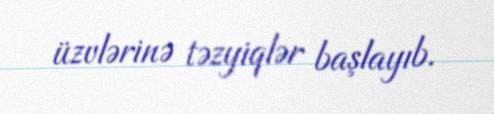
üzvlərinə təzyiqlər başlayıb.